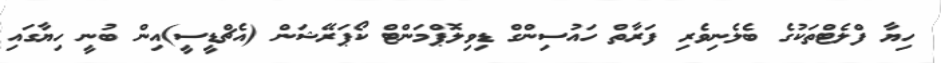
ހިޔާ ފްލެޓްތަކުގެ ބެލެނިވެރި ފަރާތް ހައުސިންގް ޑިވިލޮޕްމަންޓް ކޯޕަރޭޝަން (އެޗްޑީސީ)އިން ބުނީ ހިޔާގައި